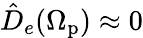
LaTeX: \hat{D}_{e}(\Omega_{\mathrm{p}})\approx 0